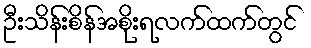
ဦးသိန်းစိန်အစိုးရလက်ထက်တွင်